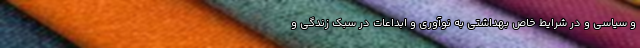
و سیاسی و در شرایط خاص بهداشتی به نوآوری و ابداعات در سبک زندگی و